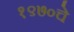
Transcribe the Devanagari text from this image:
१९७०चे